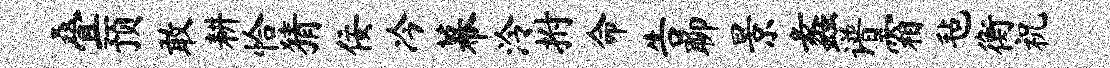
叠预敢耕恰猜佞冷幕泠拊命告聊景蠡谱霜毡衡祝